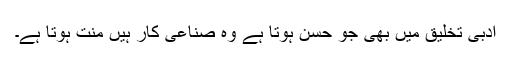
ادبی تخلیق میں بھی جو حُسن ہوتا ہے وہ صناعی کار ہیں منت ہوتا ہے۔